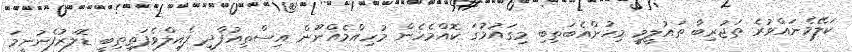
ކަލޭމެނައްވުރެ ތަޖުރިބާ ތައުލީމީ މިހުންއެބަތިބި މިގައުމުގަ ކޮއްމެހެން މުހިއްމެއްނޫން އިސްތިއުފާދީ ފެއިލްވެފަތިތިބީ ޑޮލަރުފެނުނީމަ